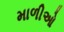
માળીઓ